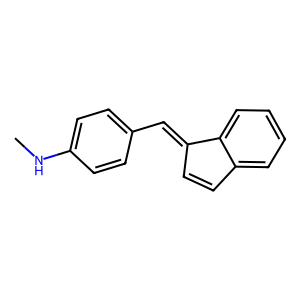
SMILES: CNc1ccc(C=C2C=Cc3ccccc32)cc1
Inhibits HIV replication: No